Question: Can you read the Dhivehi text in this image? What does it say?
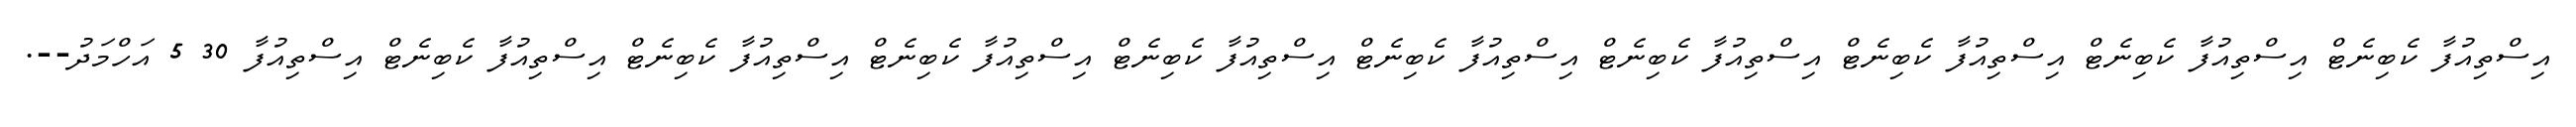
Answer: އިސްތިއުފާ ކެބިނެޓް އިސްތިއުފާ ކެބިނެޓް އިސްތިއުފާ ކެބިނެޓް އިސްތިއުފާ ކެބިނެޓް އިސްތިއުފާ ކެބިނެޓް އިސްތިއުފާ ކެބިނެޓް އިސްތިއުފާ ކެބިނެޓް އިސްތިއުފާ ކެބިނެޓް އިސްތިއުފާ ކެބިނެޓް އިސްތިއުފާ 30 5 އަހްމަދު--.